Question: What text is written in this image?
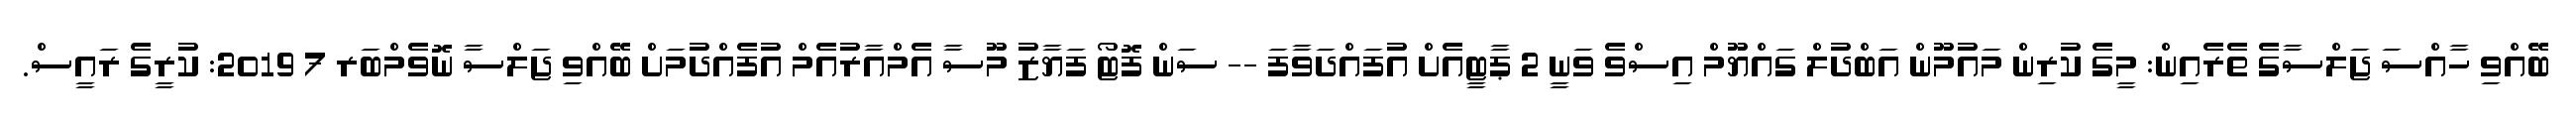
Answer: ބޭއްވި ހާއްސަ ޖަލްސާގެ ތެރެއިން: މީގެ ކުރިން މައުމޫން އަބްދުލް ގައްޔޫމް އިސްވެ ވަނީ 2 ޕާޓީއެށް އުފައްދަވާފަ -- ސަން ފޮޓޯ ފަޔާޒު މޫސާ އެމްއާރުއެމް އުފެއްދުމަށް ބޭއްވި ޖަލްސާ ނޮވެމްބަރ 7 2019: ކުރީގެ ރައީސް.